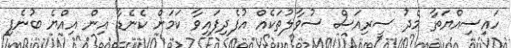
ހައިސިއްޔަތާ މެދު ސީރިއަސް ސުވާލުތަކެއް އުފެދިފައިވާ ކަމަށް ކެނެޑާ އިން އިއްޔެ ބުނެފި